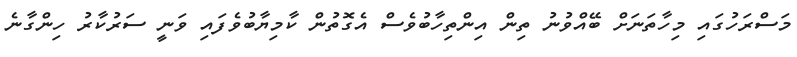
މަސްރަހުގައި މިހާތަނަށް ބޭއްވުނު ތިން އިންތިހާބުވެސް އެގޮތުން ކާމިޔާބުވެފައި ވަނީ ސަރުކާރު ހިންގާނެ